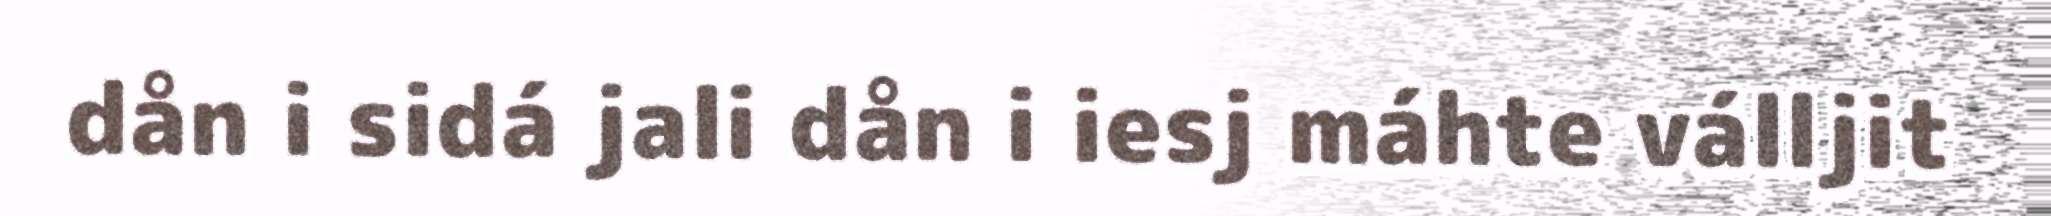
dån i sidá jali dån i iesj máhte válljit